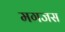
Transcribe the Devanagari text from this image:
मगजस